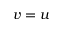
v = u